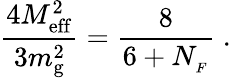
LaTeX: {\frac{4M_{\mathrm{eff}}^{2}}{3m_{\mathrm{g}}^{2}}}={\frac{8}{6+N_{_{F}}}}\; .